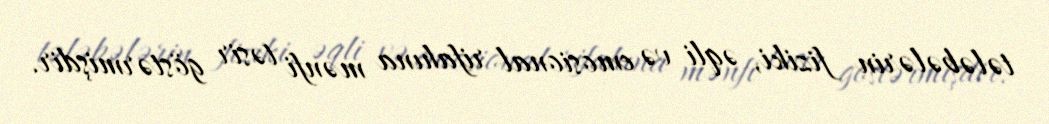
tələbələrin fiziki, əqli və emosional rifahına mənfi təsir göstərmişdir.